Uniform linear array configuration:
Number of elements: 48
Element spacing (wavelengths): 1
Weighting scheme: exponential
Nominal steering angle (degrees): -45
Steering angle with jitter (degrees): -46.329
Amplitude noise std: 0.05
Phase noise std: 0.05

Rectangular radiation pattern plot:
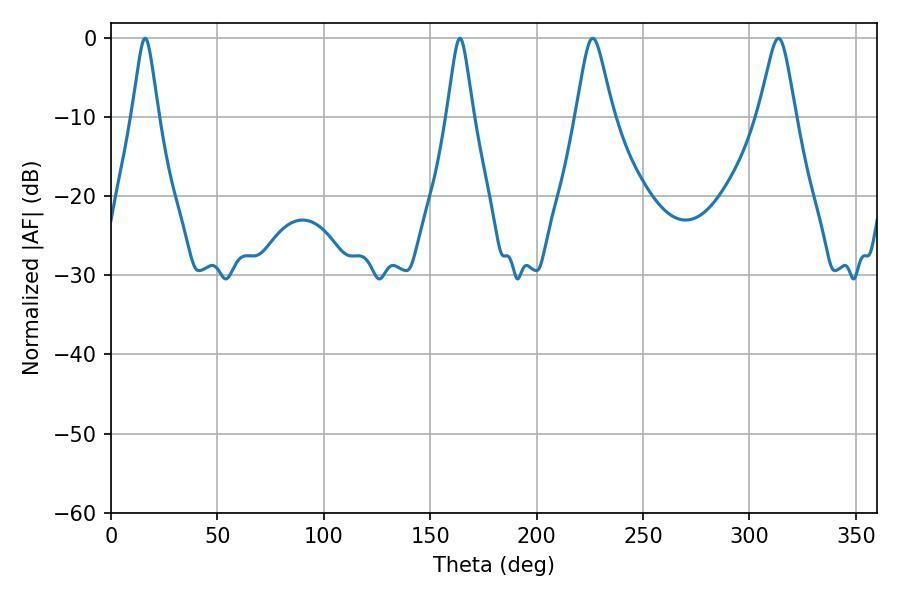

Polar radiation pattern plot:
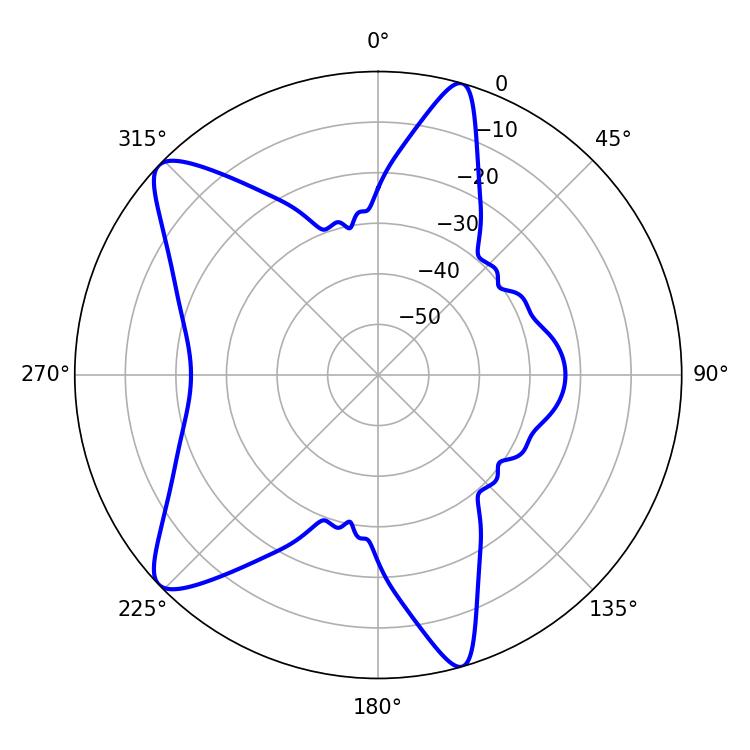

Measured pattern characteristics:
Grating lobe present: TRUE
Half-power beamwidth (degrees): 5.76
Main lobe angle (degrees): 16.02